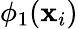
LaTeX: \phi_{\mathrm{1}}(\mathbf{x}_{i})